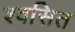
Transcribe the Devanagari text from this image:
श्वसित